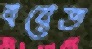
বয়েত